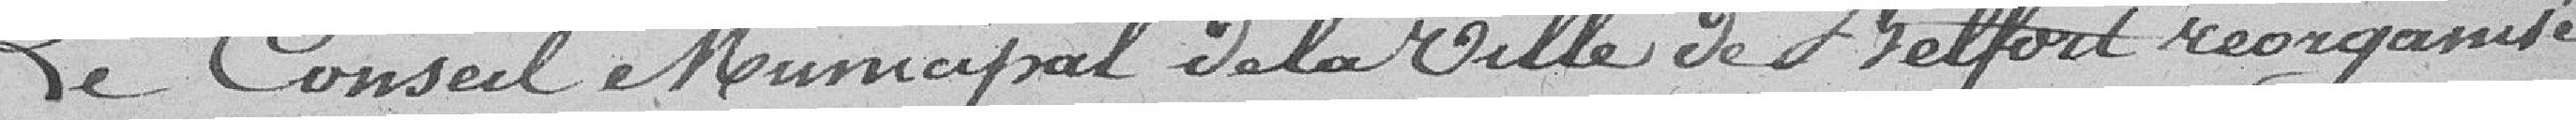
Le Conseil Municipal de la Ville de Belfort réorganisé